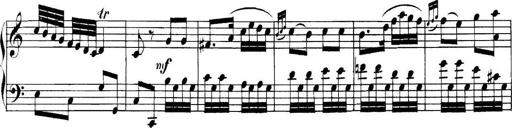
Title: Collected Piano Sonatas
Composer: Muzio Clementi